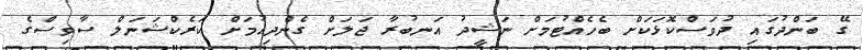
ގޭ ބަންދުގައި ދުވަސްކޮޅަކަށް ބެހެއްޓުމަށް ނަޝީދު އަނބުރާ ޖަލަށް ގެންދިއުމަށް ކަރެކްޝަނަލް ސާވިސްގެ